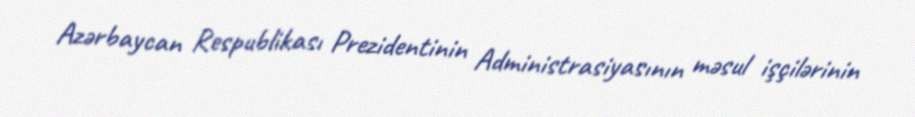
Azərbaycan Respublikası Prezidentinin Administrasiyasının məsul işçilərinin